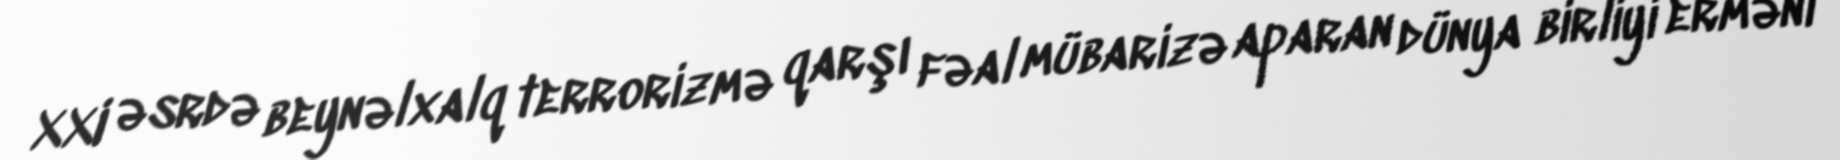
XXI əsrdə beynəlxalq terrorizmə qarşı fəal mübarizə aparan dünya birliyi erməni